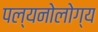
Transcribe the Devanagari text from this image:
पल्यनोलोग्य